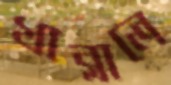
খাব্‌লালে